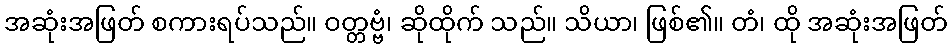
အဆုံးအဖြတ် စကားရပ်သည်။ ဝတ္တဗ္ဗံ၊ ဆိုထိုက် သည်။ သိယာ၊ ဖြစ်၏။ တံ၊ ထို အဆုံးအဖြတ်